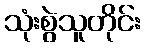
သုံးစွဲသူတိုင်း